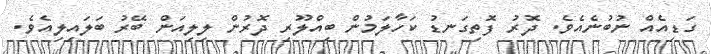
ގަޑިއެެއް ނުބުނެއެވެ. ދޮރު ފޮތިގަނޑު ކަހާލަމުން ބިއްލޫރި ދޮރުން ލިލިއަން ބޭރު ބަލައިލިއެވެ.